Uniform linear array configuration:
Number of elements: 24
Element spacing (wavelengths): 0.5
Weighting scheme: uniform
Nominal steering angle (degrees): -45
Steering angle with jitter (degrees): -45.658
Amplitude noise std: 0.05
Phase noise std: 0.05

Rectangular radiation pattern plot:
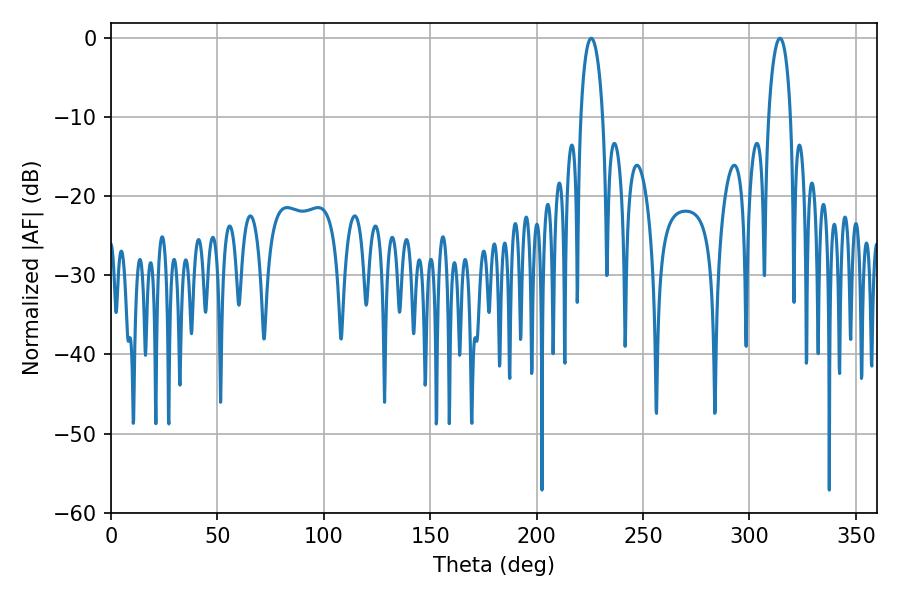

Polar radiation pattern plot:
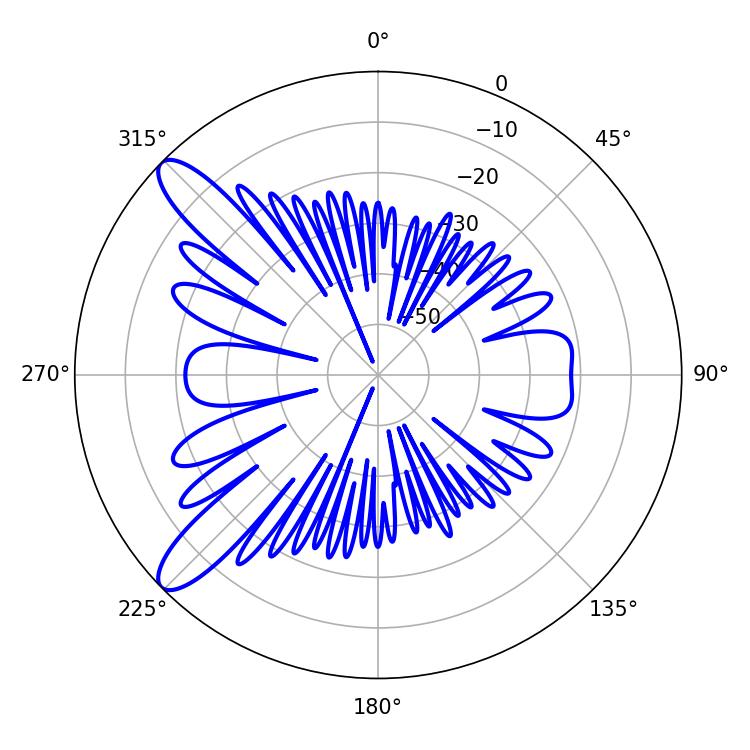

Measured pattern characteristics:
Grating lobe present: FALSE
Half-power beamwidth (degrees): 5.94
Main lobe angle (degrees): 225.72